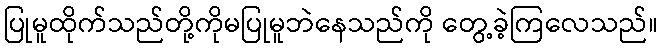
ပြုမူထိုက်သည်တို့ကိုမပြုမူဘဲနေသည်ကို တွေ့ခဲ့ကြလေသည်။